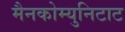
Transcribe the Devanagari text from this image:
मैनकोम्युनिटाट